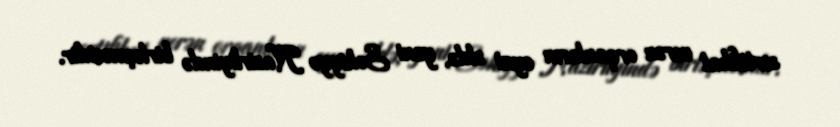
sertifikat verən orqanların eyni əldə, yəni Səhiyyə Nazirliyində birləşməsidir.